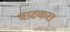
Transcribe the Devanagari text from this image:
वाटकरा